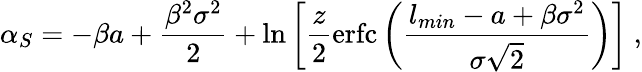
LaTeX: \alpha_{S}=-\beta a+\frac{\beta^{2}\sigma^{2}}{2}+\ln\left[\frac{z}{2}\mathrm{erfc}\left(\frac{l_{min}-a+\beta\sigma^{2}}{\sigma\sqrt 2}\right)\right]\ ,